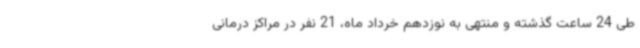
طی 24 ساعت گذشته و منتهی به نوزدهم خرداد ماه، 21 نفر در مراکز درمانی